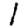
Digit: 1